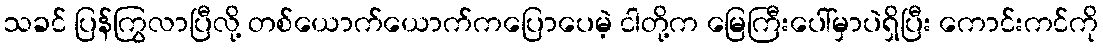
သခင် ပြန်ကြွလာပြီလို့ တစ်ယောက်ယောက်ကပြောပေမဲ့ ငါတို့က မြေကြီးပေါ်မှာပဲရှိပြီး ကောင်းကင်ကို